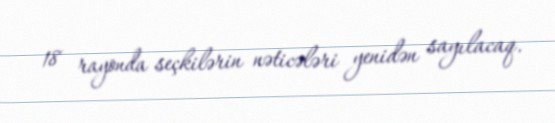
18 rayonda seçkilərin nəticələri yenidən sayılacaq.